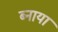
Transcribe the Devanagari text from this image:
ब्नाया